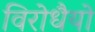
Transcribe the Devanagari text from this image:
विरोधैयो